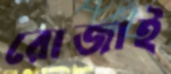
রোজাই